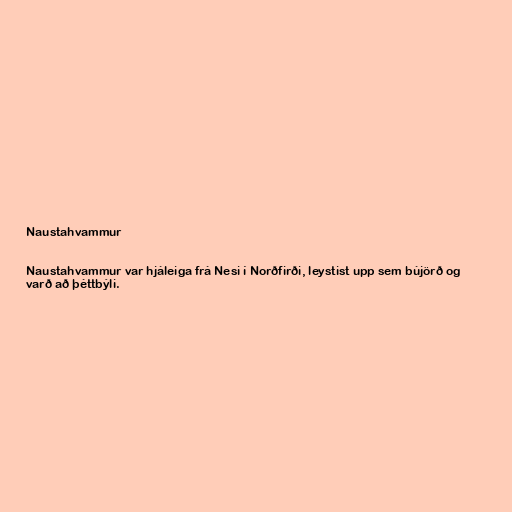
Naustahvammur

Naustahvammur var hjáleiga frá Nesi í Norðfirði, leystist upp sem bújörð og
varð að þéttbýli.